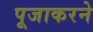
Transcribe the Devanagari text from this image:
पूजाकरने